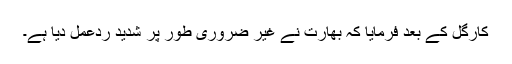
کارگل کے بعد فرمایا کہ بھارت نے غیر ضروری طور پر شدید ردعمل دیا ہے۔